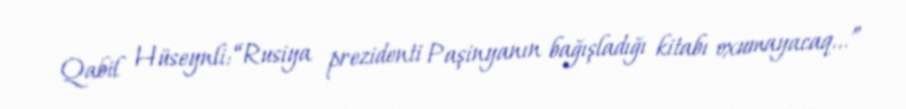
Qabil Hüseynli: “Rusiya prezidenti Paşinyanın bağışladığı kitabı oxumayacaq...”